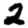
Digit: 2